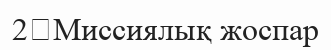
2	Миссиялық жоспар